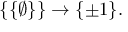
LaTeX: \{ \{ \emptyset \} \} \to \{ \pm 1 \} .